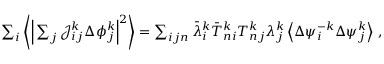
\begin{array} { r } { \sum _ { i } \bigg \langle \Big \vert \sum _ { j } \mathcal { J } _ { i j } ^ { k } \Delta { \phi } _ { j } ^ { k } \Big \vert ^ { 2 } \bigg \rangle = \sum _ { i j n } \bar { \lambda } _ { i } ^ { k } \bar { T } _ { n i } ^ { k } T _ { n j } ^ { k } \lambda _ { j } ^ { k } \left\langle \Delta { \psi } _ { i } ^ { - k } \Delta { \psi } _ { j } ^ { k } \right\rangle \, , } \end{array}